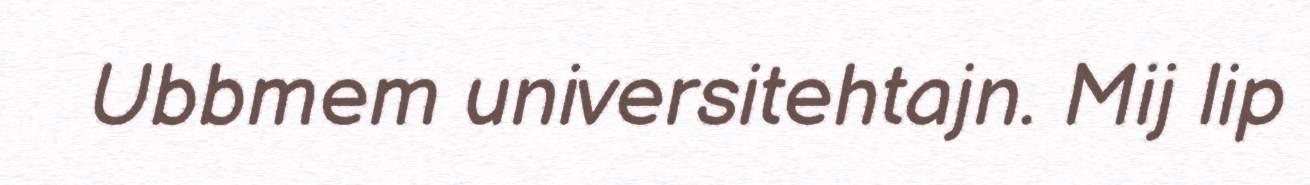
Ubbmem universitehtajn. Mij lip